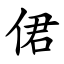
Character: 侰